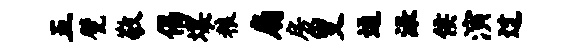
五甓敬偈壤粮扇房叟通渌侯演过